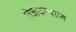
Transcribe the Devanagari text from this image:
तेजंदरपाल